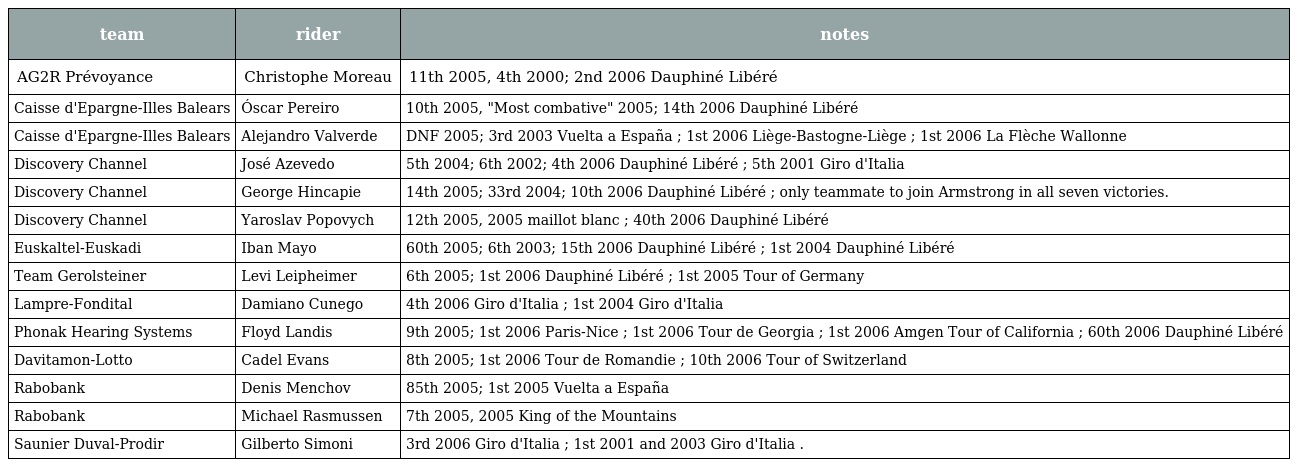
| team | rider | notes |
 | --- | --- | --- |
 | AG2R Prévoyance | Christophe Moreau | 11th 2005, 4th 2000; 2nd 2006 Dauphiné Libéré |
 | Caisse d'Epargne-Illes Balears | Óscar Pereiro | 10th 2005, "Most combative" 2005; 14th 2006 Dauphiné Libéré |
 | Caisse d'Epargne-Illes Balears | Alejandro Valverde | DNF 2005; 3rd 2003 Vuelta a España ; 1st 2006 Liège-Bastogne-Liège ; 1st 2006 La Flèche Wallonne |
 | Discovery Channel | José Azevedo | 5th 2004; 6th 2002; 4th 2006 Dauphiné Libéré ; 5th 2001 Giro d'Italia |
 | Discovery Channel | George Hincapie | 14th 2005; 33rd 2004; 10th 2006 Dauphiné Libéré ; only teammate to join Armstrong in all seven victories. |
 | Discovery Channel | Yaroslav Popovych | 12th 2005, 2005 maillot blanc ; 40th 2006 Dauphiné Libéré |
 | Euskaltel-Euskadi | Iban Mayo | 60th 2005; 6th 2003; 15th 2006 Dauphiné Libéré ; 1st 2004 Dauphiné Libéré |
 | Team Gerolsteiner | Levi Leipheimer | 6th 2005; 1st 2006 Dauphiné Libéré ; 1st 2005 Tour of Germany |
 | Lampre-Fondital | Damiano Cunego | 4th 2006 Giro d'Italia ; 1st 2004 Giro d'Italia |
 | Phonak Hearing Systems | Floyd Landis | 9th 2005; 1st 2006 Paris-Nice ; 1st 2006 Tour de Georgia ; 1st 2006 Amgen Tour of California ; 60th 2006 Dauphiné Libéré |
 | Davitamon-Lotto | Cadel Evans | 8th 2005; 1st 2006 Tour de Romandie ; 10th 2006 Tour of Switzerland |
 | Rabobank | Denis Menchov | 85th 2005; 1st 2005 Vuelta a España |
 | Rabobank | Michael Rasmussen | 7th 2005, 2005 King of the Mountains |
 | Saunier Duval-Prodir | Gilberto Simoni | 3rd 2006 Giro d'Italia ; 1st 2001 and 2003 Giro d'Italia . |